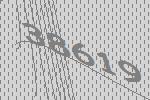
38619